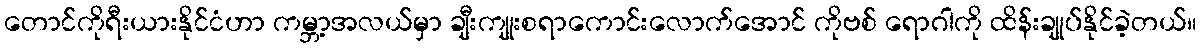
တောင်ကိုရီးယားနိုင်ငံဟာ ကမ္ဘာ့အလယ်မှာ ချီးကျုးစရာကောင်းလောက်အောင် ကိုဗစ် ရောဂါကို ထိန်းချုပ်နိုင်ခဲ့တယ်။